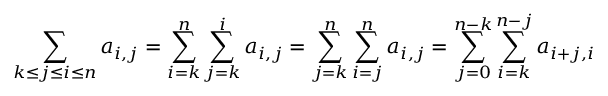
\sum _ { k \leq j \leq i \leq n } a _ { i , j } = \sum _ { i = k } ^ { n } \sum _ { j = k } ^ { i } a _ { i , j } = \sum _ { j = k } ^ { n } \sum _ { i = j } ^ { n } a _ { i , j } = \sum _ { j = 0 } ^ { n - k } \sum _ { i = k } ^ { n - j } a _ { i + j , i } \quad